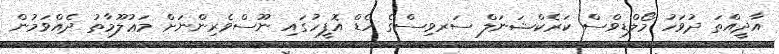
އާދީއްތަ ދުވަހު މޯލްޑިވްސް ކަރެކްޝަނަލް ސަރވިސްގެ ހެޑް އޮފީހުގައި ނޫސްވެރިންނަށް މަޢުލޫމާތު ދެއްވަމުން